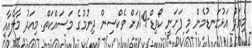
މިއަދު އަޅުގަނޑުމެން މި ފަށަނީ ކޯވިޑް-19އަށް ވެކްސިން ދިނުމުގެ މަސައްކަތް. މިއަދު މާލެއާއި